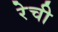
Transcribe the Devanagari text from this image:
रेची